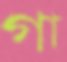
গা